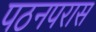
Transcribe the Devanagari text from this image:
पठनपरास